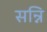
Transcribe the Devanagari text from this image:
सन्नि